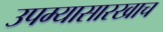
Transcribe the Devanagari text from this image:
उपम्यासारखाच